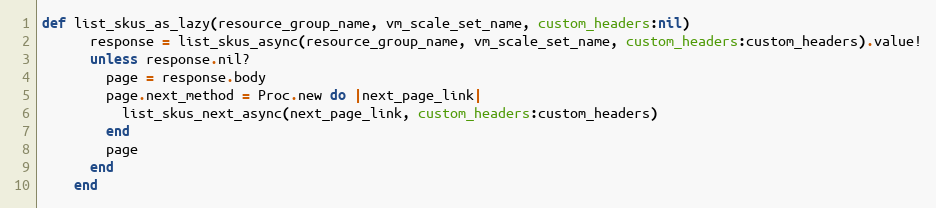
Language: Ruby
def list_skus_as_lazy(resource_group_name, vm_scale_set_name, custom_headers:nil)
      response = list_skus_async(resource_group_name, vm_scale_set_name, custom_headers:custom_headers).value!
      unless response.nil?
        page = response.body
        page.next_method = Proc.new do |next_page_link|
          list_skus_next_async(next_page_link, custom_headers:custom_headers)
        end
        page
      end
    end